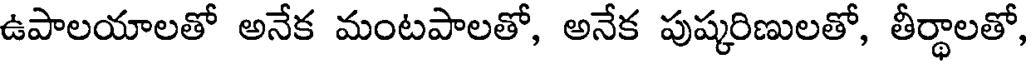
ఉపాలయాలతో అనేక మంటపాలతో, అనేక పుష్కరిణులతో, తీర్థాలతో,